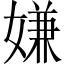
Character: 嫌